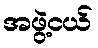
အဖွဲ့ငယ်